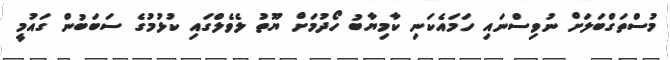
މުސްތަގްބަލަށް ނުވިސްނައި ހަމައެކަނި ކާމިޔާބު ހޯދުމަށް ޔޫތު ލެވެލްގައި ކުޅުމުގެ ސަބަބުން ގައުމީ